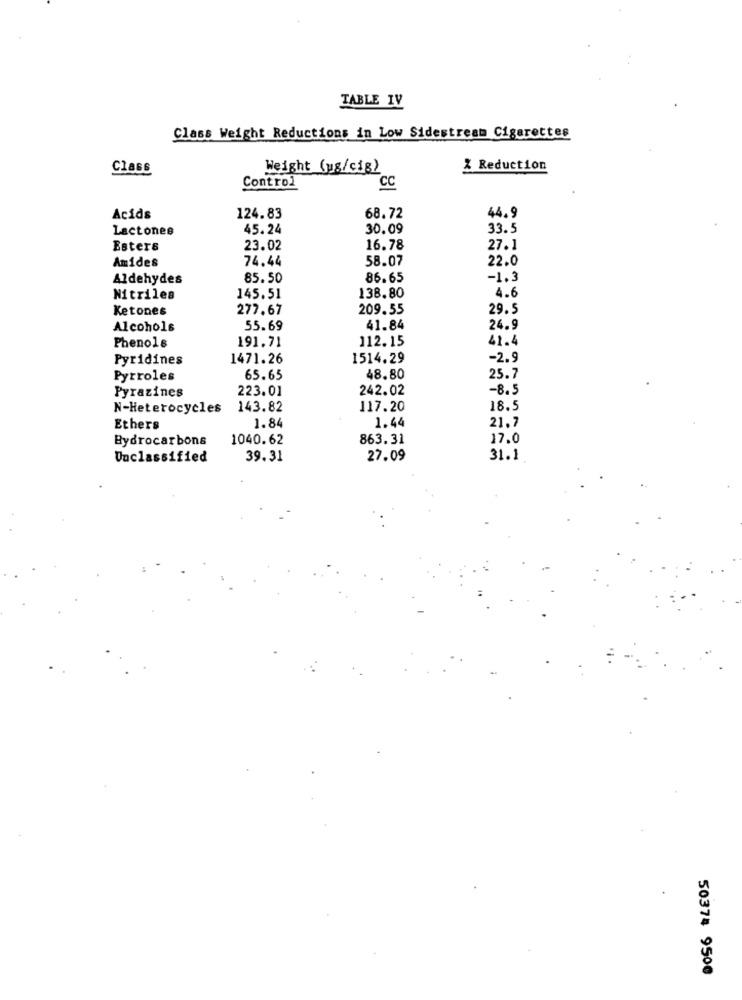
TABLE IV
Class Weight Reductions in Low Sidestream Cigarettes
Class
Weight (us/cig)
% Reduction
Control
CC
Acids
124.83
68.72
44.9
Lactones
45.24
30.09
33.5
Esters
23.02
16.78
27.1
Amides
74.44
58.07
22.0
Aldehydes
85.50
86.65
-1.3
138.80
4.6
Nitriles
145.51
Ketones
277.67
209.55
29.5
Alcohols
55.69
41.84
24.9
191.71
112.15
41.4
Phenols
Pyridines
1471.26
1514.29
-2.9
Pyrroles
65.65
48.80
25.7
223.01
242.02
-8.5
Pyrazines
N-Heterocycles
143.82
117.20
18.5
Ethers
1.84
1.44
21.7
Bydrocarbons
1040.62
863.31
17.0
Unclassified
39.31
27.09
31.1
50374 9500